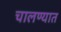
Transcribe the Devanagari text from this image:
चालण्यात